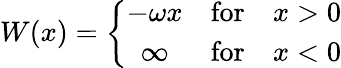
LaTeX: W(x)=\left\{ \begin{array}{cll}{{-\omega x}}&{{\mathrm{for}}}&{{x>0}}\\ {{\infty}}&{{\mathrm{for}}}&{{x<0}}\end{array}\right.